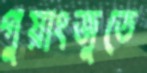
গুয়াংজুতে